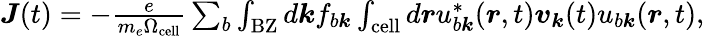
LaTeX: \begin{array}{r}{\boldsymbol J(t)=-\frac{e}{m_{e}\Omega_{\mathrm{cell}}}\sum_{b}\int_{\mathrm{BZ}}d\boldsymbol kf_{b\boldsymbol k}\int_{\mathrm{cell}}d\boldsymbol ru_{b\boldsymbol k}^{*}(\boldsymbol r,t)\boldsymbol v_{\boldsymbol k}(t)u_{b\boldsymbol k}(\boldsymbol r,t),}\end{array}